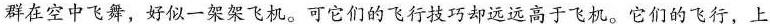
群在空中飞舞，好似一架架飞机。可它们的飞行技巧却远远高于飞机。它们的飞行，上